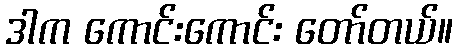
ဒါက ကောင်းကောင်း တော်တယ်။